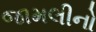
જામલીનો